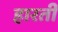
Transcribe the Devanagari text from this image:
हारती